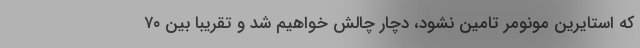
که استایرین مونومر تامین نشود، دچار چالش خواهیم شد و تقریبا بین ۷۰